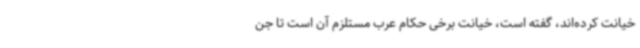
خیانت کرده‌اند، گفته است، خیانت برخی حکام عرب مستلزم آن است تا جن